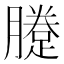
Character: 𨃗